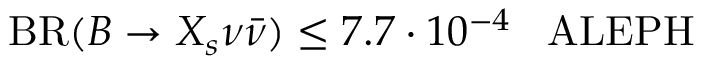
\mathrm { B R } ( B \to X _ { s } \nu \bar { \nu } ) \leq 7 . 7 \cdot 1 0 ^ { - 4 } \; \; \; \mathrm { A L E P H }